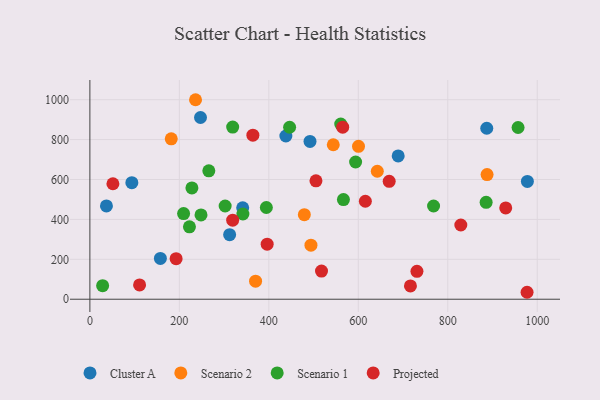
{"axis": {"x": "Ad Spend", "y": "Salary"}, "legend": ["Cluster A", "Projected", "Scenario 1", "Scenario 2"], "data": [{"x": "341.6", "y": 458.1, "type": "Cluster A"}, {"x": "438.1", "y": 817.9, "type": "Cluster A"}, {"x": "978.0", "y": 590.5, "type": "Cluster A"}, {"x": "312.4", "y": 323.5, "type": "Cluster A"}, {"x": "492.1", "y": 791.0, "type": "Cluster A"}, {"x": "689.2", "y": 717.9, "type": "Cluster A"}, {"x": "887.2", "y": 856.9, "type": "Cluster A"}, {"x": "93.8", "y": 584.2, "type": "Cluster A"}, {"x": "247.3", "y": 910.7, "type": "Cluster A"}, {"x": "37.0", "y": 467.7, "type": "Cluster A"}, {"x": "157.6", "y": 204.5, "type": "Cluster A"}, {"x": "887.9", "y": 624.6, "type": "Scenario 2"}, {"x": "181.9", "y": 803.9, "type": "Scenario 2"}, {"x": "600.5", "y": 766.1, "type": "Scenario 2"}, {"x": "236.2", "y": 999.8, "type": "Scenario 2"}, {"x": "370.4", "y": 90.3, "type": "Scenario 2"}, {"x": "494.2", "y": 270.8, "type": "Scenario 2"}, {"x": "642.5", "y": 641.3, "type": "Scenario 2"}, {"x": "544.1", "y": 774.1, "type": "Scenario 2"}, {"x": "479.4", "y": 423.7, "type": "Scenario 2"}, {"x": "768.3", "y": 467.1, "type": "Scenario 1"}, {"x": "342.1", "y": 427.1, "type": "Scenario 1"}, {"x": "222.6", "y": 363.0, "type": "Scenario 1"}, {"x": "209.5", "y": 429.1, "type": "Scenario 1"}, {"x": "228.1", "y": 557.6, "type": "Scenario 1"}, {"x": "248.4", "y": 422.4, "type": "Scenario 1"}, {"x": "394.5", "y": 459.6, "type": "Scenario 1"}, {"x": "265.9", "y": 643.4, "type": "Scenario 1"}, {"x": "566.8", "y": 499.6, "type": "Scenario 1"}, {"x": "885.8", "y": 485.8, "type": "Scenario 1"}, {"x": "446.5", "y": 861.8, "type": "Scenario 1"}, {"x": "594.0", "y": 687.8, "type": "Scenario 1"}, {"x": "28.5", "y": 67.8, "type": "Scenario 1"}, {"x": "560.8", "y": 877.6, "type": "Scenario 1"}, {"x": "302.4", "y": 467.2, "type": "Scenario 1"}, {"x": "957.2", "y": 860.7, "type": "Scenario 1"}, {"x": "319.2", "y": 862.9, "type": "Scenario 1"}, {"x": "565.2", "y": 862.0, "type": "Projected"}, {"x": "977.3", "y": 34.8, "type": "Projected"}, {"x": "829.2", "y": 371.9, "type": "Projected"}, {"x": "669.1", "y": 590.6, "type": "Projected"}, {"x": "319.2", "y": 396.3, "type": "Projected"}, {"x": "364.4", "y": 821.9, "type": "Projected"}, {"x": "111.1", "y": 71.8, "type": "Projected"}, {"x": "192.8", "y": 203.4, "type": "Projected"}, {"x": "505.4", "y": 593.5, "type": "Projected"}, {"x": "731.1", "y": 139.7, "type": "Projected"}, {"x": "517.8", "y": 141.0, "type": "Projected"}, {"x": "615.8", "y": 490.9, "type": "Projected"}, {"x": "929.6", "y": 457.5, "type": "Projected"}, {"x": "396.3", "y": 275.9, "type": "Projected"}, {"x": "716.6", "y": 66.8, "type": "Projected"}, {"x": "51.5", "y": 578.8, "type": "Projected"}]}